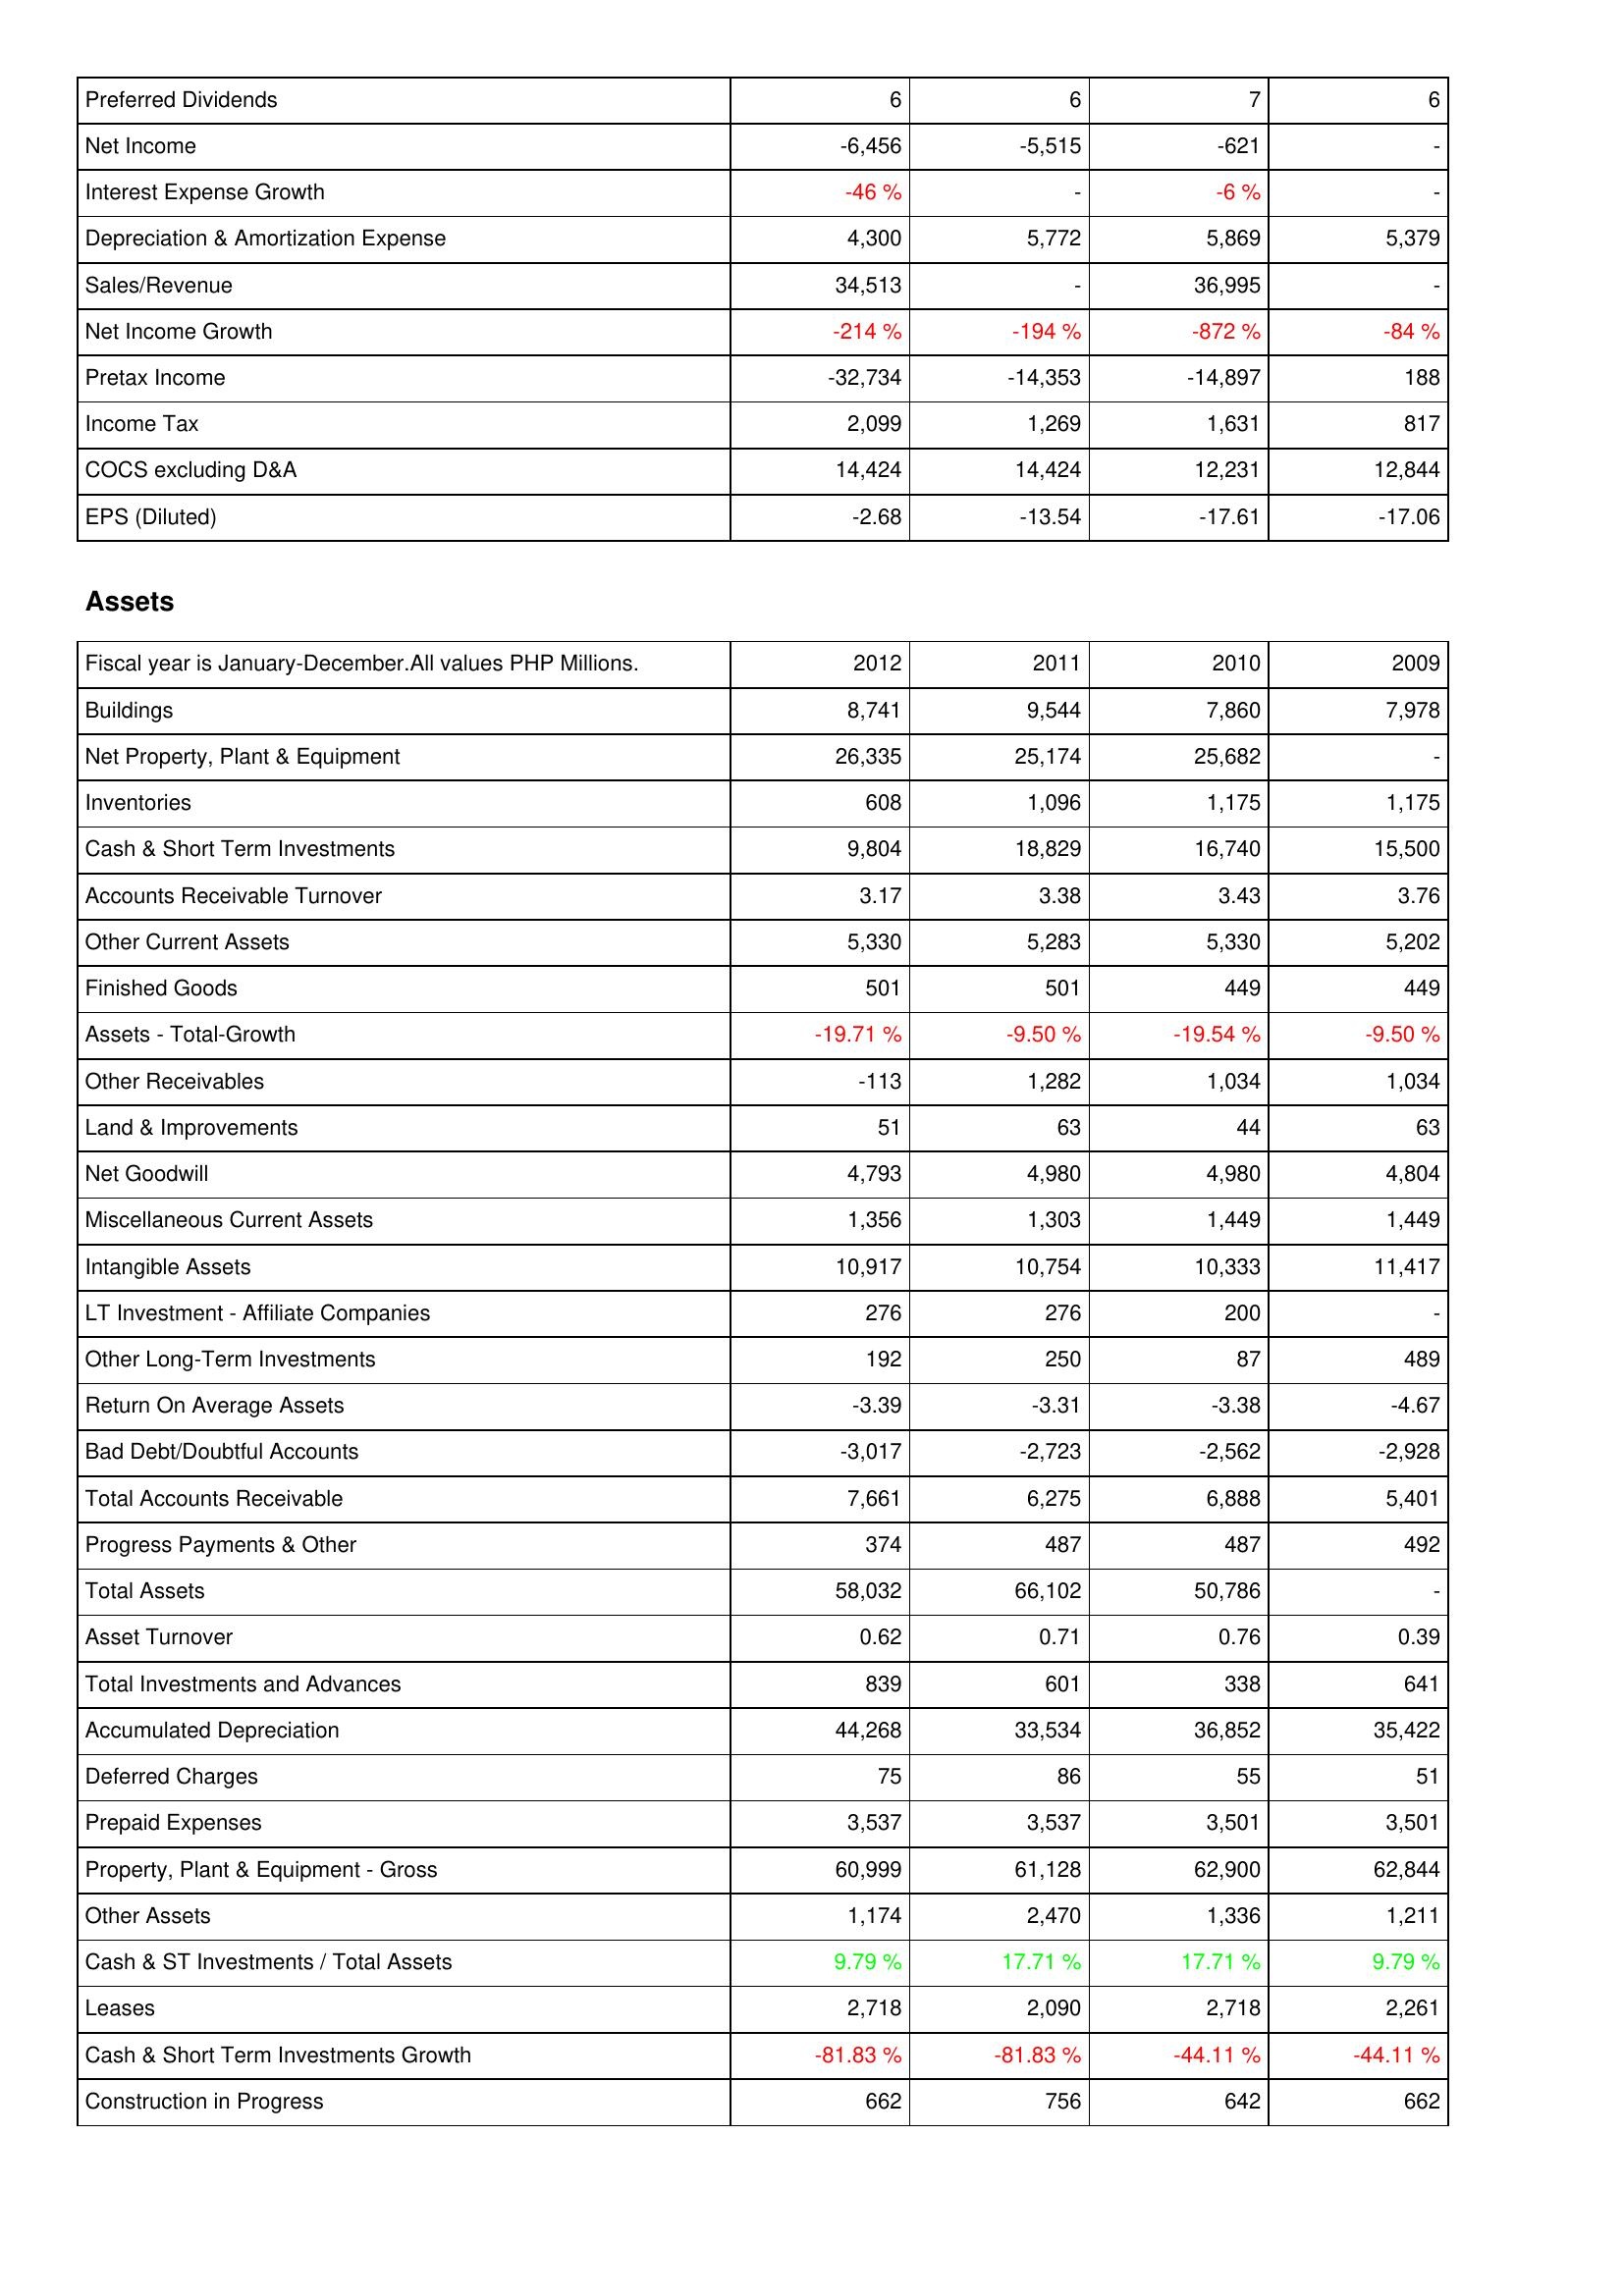
2012: Income Statement: Preferred Dividends: 6
Net Income: -6,456
Interest Expense Growth: -46 %
Depreciation & Amortization Expense: 4,300
Sales/Revenue: 34,513
Net Income Growth: -214 %
Pretax Income: -32,734
Income Tax: 2,099
COCS excluding D&A: 14,424
EPS (Diluted): -2.68
Assets: Buildings: 8,741
Net Property, Plant & Equipment: 26,335
Inventories: 608
Cash & Short Term Investments: 9,804
Accounts Receivable Turnover: 3.17
Other Current Assets: 5,330
Finished Goods: 501
Assets - Total-Growth: -19.71 %
Other Receivables: -113
Land & Improvements: 51
Net Goodwill: 4,793
Miscellaneous Current Assets: 1,356
Intangible Assets: 10,917
LT Investment - Affiliate Companies: 276
Other Long-Term Investments: 192
Return On Average Assets: -3.39
Bad Debt/Doubtful Accounts: -3,017
Total Accounts Receivable: 7,661
Progress Payments & Other: 374
Total Assets: 58,032
Asset Turnover: 0.62
Total Investments and Advances: 839
Accumulated Depreciation: 44,268
Deferred Charges: 75
Prepaid Expenses: 3,537
Property, Plant & Equipment - Gross: 60,999
Other Assets: 1,174
Cash & ST Investments / Total Assets: 9.79 %
Leases: 2,718
Cash & Short Term Investments Growth: -81.83 %
Construction in Progress: 662
2011: Income Statement: Preferred Dividends: 6
Net Income: -5,515
Interest Expense Growth: -
Depreciation & Amortization Expense: 5,772
Sales/Revenue: -
Net Income Growth: -194 %
Pretax Income: -14,353
Income Tax: 1,269
COCS excluding D&A: 14,424
EPS (Diluted): -13.54
Assets: Buildings: 9,544
Net Property, Plant & Equipment: 25,174
Inventories: 1,096
Cash & Short Term Investments: 18,829
Accounts Receivable Turnover: 3.38
Other Current Assets: 5,283
Finished Goods: 501
Assets - Total-Growth: -9.50 %
Other Receivables: 1,282
Land & Improvements: 63
Net Goodwill: 4,980
Miscellaneous Current Assets: 1,303
Intangible Assets: 10,754
LT Investment - Affiliate Companies: 276
Other Long-Term Investments: 250
Return On Average Assets: -3.31
Bad Debt/Doubtful Accounts: -2,723
Total Accounts Receivable: 6,275
Progress Payments & Other: 487
Total Assets: 66,102
Asset Turnover: 0.71
Total Investments and Advances: 601
Accumulated Depreciation: 33,534
Deferred Charges: 86
Prepaid Expenses: 3,537
Property, Plant & Equipment - Gross: 61,128
Other Assets: 2,470
Cash & ST Investments / Total Assets: 17.71 %
Leases: 2,090
Cash & Short Term Investments Growth: -81.83 %
Construction in Progress: 756
2010: Income Statement: Preferred Dividends: 7
Net Income: -621
Interest Expense Growth: -6 %
Depreciation & Amortization Expense: 5,869
Sales/Revenue: 36,995
Net Income Growth: -872 %
Pretax Income: -14,897
Income Tax: 1,631
COCS excluding D&A: 12,231
EPS (Diluted): -17.61
Assets: Buildings: 7,860
Net Property, Plant & Equipment: 25,682
Inventories: 1,175
Cash & Short Term Investments: 16,740
Accounts Receivable Turnover: 3.43
Other Current Assets: 5,330
Finished Goods: 449
Assets - Total-Growth: -19.54 %
Other Receivables: 1,034
Land & Improvements: 44
Net Goodwill: 4,980
Miscellaneous Current Assets: 1,449
Intangible Assets: 10,333
LT Investment - Affiliate Companies: 200
Other Long-Term Investments: 87
Return On Average Assets: -3.38
Bad Debt/Doubtful Accounts: -2,562
Total Accounts Receivable: 6,888
Progress Payments & Other: 487
Total Assets: 50,786
Asset Turnover: 0.76
Total Investments and Advances: 338
Accumulated Depreciation: 36,852
Deferred Charges: 55
Prepaid Expenses: 3,501
Property, Plant & Equipment - Gross: 62,900
Other Assets: 1,336
Cash & ST Investments / Total Assets: 17.71 %
Leases: 2,718
Cash & Short Term Investments Growth: -44.11 %
Construction in Progress: 642
2009: Income Statement: Preferred Dividends: 6
Net Income: -
Interest Expense Growth: -
Depreciation & Amortization Expense: 5,379
Sales/Revenue: -
Net Income Growth: -84 %
Pretax Income: 188
Income Tax: 817
COCS excluding D&A: 12,844
EPS (Diluted): -17.06
Assets: Buildings: 7,978
Net Property, Plant & Equipment: -
Inventories: 1,175
Cash & Short Term Investments: 15,500
Accounts Receivable Turnover: 3.76
Other Current Assets: 5,202
Finished Goods: 449
Assets - Total-Growth: -9.50 %
Other Receivables: 1,034
Land & Improvements: 63
Net Goodwill: 4,804
Miscellaneous Current Assets: 1,449
Intangible Assets: 11,417
LT Investment - Affiliate Companies: -
Other Long-Term Investments: 489
Return On Average Assets: -4.67
Bad Debt/Doubtful Accounts: -2,928
Total Accounts Receivable: 5,401
Progress Payments & Other: 492
Total Assets: -
Asset Turnover: 0.39
Total Investments and Advances: 641
Accumulated Depreciation: 35,422
Deferred Charges: 51
Prepaid Expenses: 3,501
Property, Plant & Equipment - Gross: 62,844
Other Assets: 1,211
Cash & ST Investments / Total Assets: 9.79 %
Leases: 2,261
Cash & Short Term Investments Growth: -44.11 %
Construction in Progress: 662